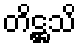
တိဋ္ဌသိ